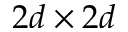
2 d \times 2 d